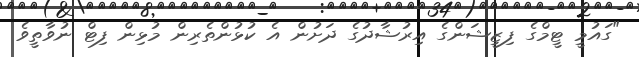
"ގައުމީ ޓީމްގެ ފިޒީޝަންގެ އިރުޝާދުގެ ދަށުން އެ ކުޅުންތެރިން މުޅިން ފިޓް ނުވާތީވެ